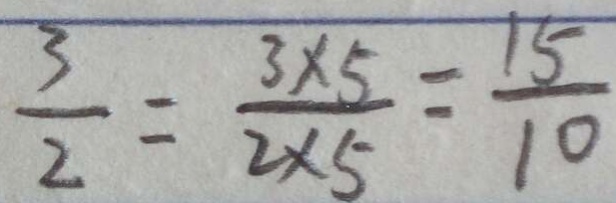
\frac { 3 } { 2 } = \frac { 3 \times 5 } { 2 \times 5 } = \frac { 1 5 } { 1 0 }